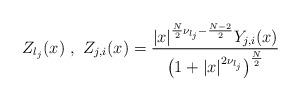
LaTeX: \begin{align*} Z_{\l_j}(x) \,\, , \,\, Z_{j,i}(x)=\frac{|x|^{\frac N2\nu_{\l_j}- \frac{N-2}2} Y_{j,i}(x)}{ \left( 1+ |x|^{2\nu_{\l_j}}\right)^{\frac N2} }\end{align*}